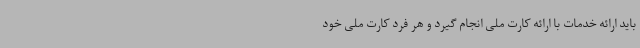
باید ارائه خدمات با ارائه کارت ملی انجام گیرد و هر فرد کارت ملی خود